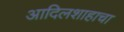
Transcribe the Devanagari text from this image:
आदिलशाहाचा